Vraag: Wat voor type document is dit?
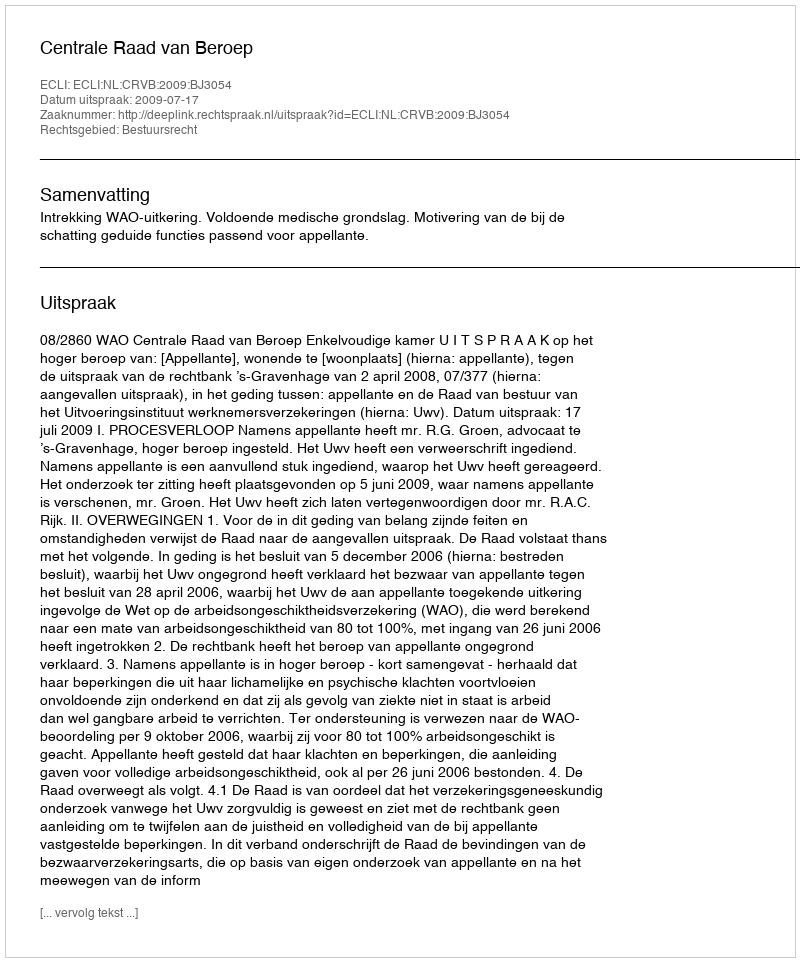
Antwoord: Uitspraak